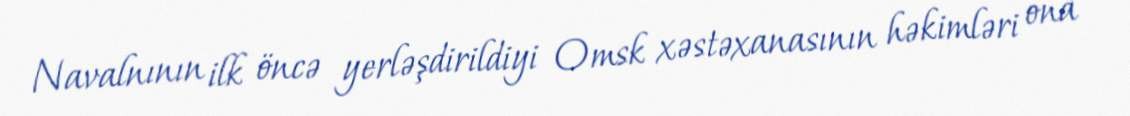
Navalnının ilk öncə yerləşdirildiyi Omsk xəstəxanasının həkimləri ona